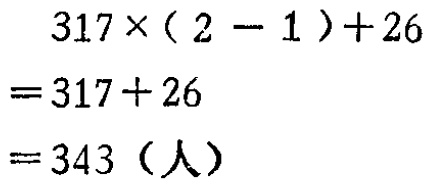
\[
\begin{align*}
&317\times(2 - 1)+26\\
=&317 + 26\\
=&343 \text{（人）}
\end{align*}
\]